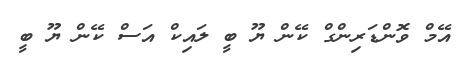
އޭމް ވޮންޑަރިންގް ކޭން ޔޫ ބީ ލައިކް އަސް ކޭން ޔޫ ބީ